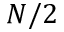
N / 2